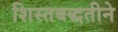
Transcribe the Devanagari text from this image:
शिस्तबद्धतीने